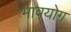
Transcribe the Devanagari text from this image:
भावयोग